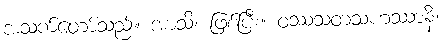
အသက်တော်သည်။ အာသိ၊ ဖြစ်ပြီး။ ဝဿသတသဟဿာနိ၊